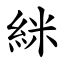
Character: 䋛